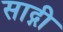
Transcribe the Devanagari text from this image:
साद्गी